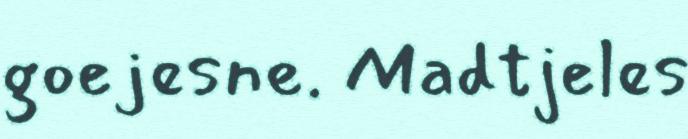
goejesne. Madtjeles